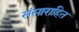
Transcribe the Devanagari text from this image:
संसाराहित